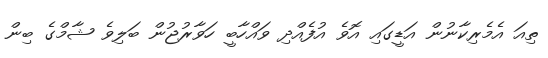
ތިއަ އެމެރިކާނުން އަޑީގައި އޮވެ އުފެއްދި ވައްހާބީ ހަވާރުޖުން ބަލިވެ ޝާމްގެ ބިން